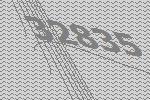
32835